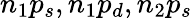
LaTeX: n_{1}p_{s},n_{1}p_{d},n_{2}p_{s}